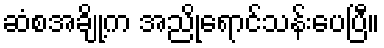
ဆံစအချို့က အညိုရောင်သန်းပေပြီ။